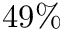
4 9 \%